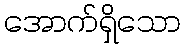
အောက်ရှိသော